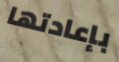
بإعادتها